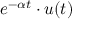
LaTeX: e ^ { - \alpha t } \cdot u ( t )